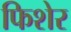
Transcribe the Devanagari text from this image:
फिशेर